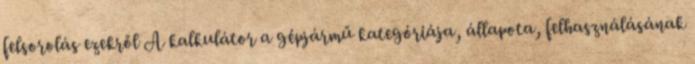
felsorolás ezekről A kalkulátor a gépjármű kategóriája, állapota, felhasználásának